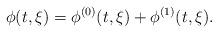
LaTeX: \begin{align*}\phi (t , \xi) = \phi^{(0)} (t , \xi) + \phi^{(1)} (t , \xi). \end{align*}